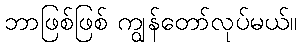
ဘာဖြစ်ဖြစ် ကျွန်တော်လုပ်မယ်။